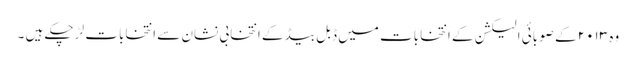
وہ ۲۰۱۳ کے صوبائی الیکشن کے انتخابات میں ڈبل بیڈ کے انتخابی نشان سے انتخابات لڑ چکے ہیں ۔